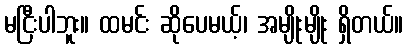
မငြီးပါဘူး။ ထမင်း ဆိုပေမယ့်၊ အမျိုးမျိုး ရှိတယ်။